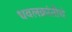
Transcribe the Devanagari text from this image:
धवलक्रांतीचे